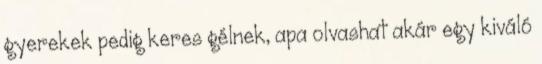
gyerekek pedig keres­ gélnek, apa olvashat akár egy kiváló